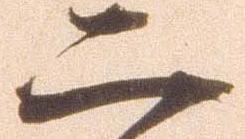
二